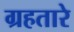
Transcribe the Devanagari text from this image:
ग्रहतारे